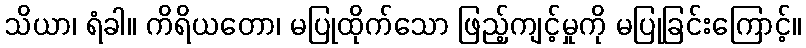
သိယာ၊ ရံခါ။ ကိရိယတော၊ မပြုထိုက်သော ဖြည့်ကျင့်မှုကို မပြုခြင်းကြောင့်။